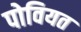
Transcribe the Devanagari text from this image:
पोवियत